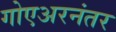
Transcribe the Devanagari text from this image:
गोएअरनंतर